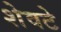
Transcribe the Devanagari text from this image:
शेवटे